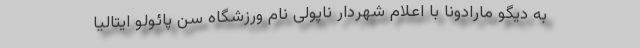
به دیگو مارادونا با اعلام شهردار ناپولی نام ورزشگاه سن پائولو ایتالیا